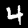
Digit: 4